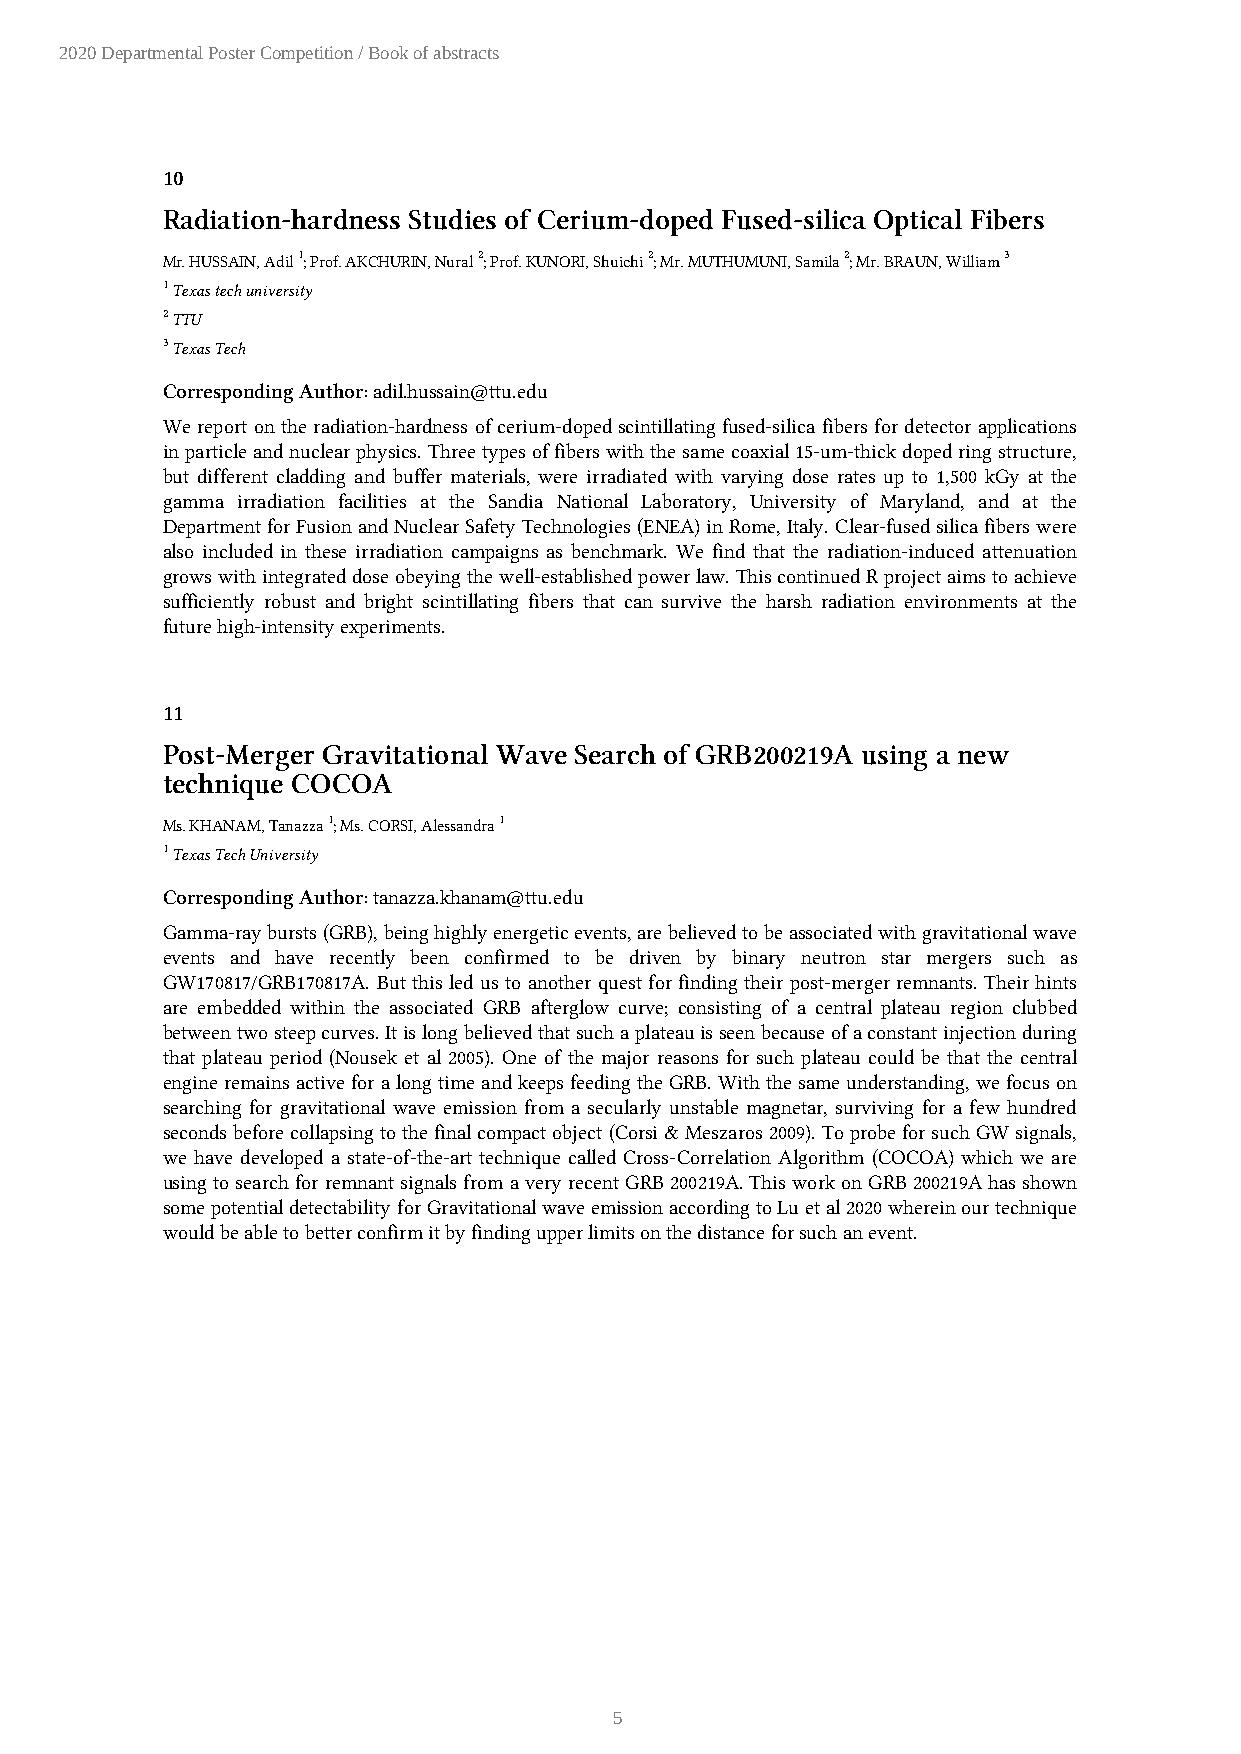
2020 Departmental Poster Competition / Book of abstracts
 10
 Radiation-hardness Studies of Cerium-doped Fused-silica Optical Fibers
 Mr. HUSSAIN, Adil 1; Prof. AKCHURIN, Nural 2; Prof. KUNORI, Shuichi 2; Mr. MUTHUMUNI, Samila 2; Mr. BRAUN, William 3
 1 Texas tech university
 2 TTU
 3 Texas Tech
 Corresponding Author: adil.hussain@ttu.edu
 We report on the radiation-hardness of cerium-doped scintillating fused-silica fibers for detector applications
 in particle and nuclear physics. Three types of fibers with the same coaxial 15-um-thick doped ring structure,
 but different cladding and buffer materials, were irradiated with varying dose rates up to 1,500 kGy at the
 gamma irradiation facilities at the Sandia National Laboratory, University of Maryland, and at the
 Department for Fusion and Nuclear Safety Technologies (ENEA) in Rome, Italy. Clear-fused silica fibers were
 also included in these irradiation campaigns as benchmark. We find that the radiation-induced attenuation
 grows with integrated dose obeying the well-established power law. This continued R project aims to achieve
 sufficiently robust and bright scintillating fibers that can survive the harsh radiation environments at the
 future high-intensity experiments.
 11
 Post-Merger Gravitational Wave Search of GRB200219A using a new
 technique COCOA
 Ms. KHANAM, Tanazza 1; Ms. CORSI, Alessandra 1
 1 Texas Tech University
 Corresponding Author: tanazza.khanam@ttu.edu
 Gamma-ray bursts (GRB), being highly energetic events, are believed to be associated with gravitational wave
 events and have recently been confirmed to be driven by binary neutron star mergers such as
 GW170817/GRB170817A. But this led us to another quest for finding their post-merger remnants. Their hints
 are embedded within the associated GRB afterglow curve; consisting of a central plateau region clubbed
 between two steep curves. It is long believed that such a plateau is seen because of a constant injection during
 that plateau period (Nousek et al 2005). One of the major reasons for such plateau could be that the central
 engine remains active for a long time and keeps feeding the GRB. With the same understanding, we focus on
 searching for gravitational wave emission from a secularly unstable magnetar, surviving for a few hundred
 seconds before collapsing to the final compact object (Corsi & Meszaros 2009). To probe for such GW signals,
 we have developed a state-of-the-art technique called Cross-Correlation Algorithm (COCOA) which we are
 using to search for remnant signals from a very recent GRB 200219A. This work on GRB 200219A has shown
 some potential detectability for Gravitational wave emission according to Lu et al 2020 wherein our technique
 would be able to better confirm it by finding upper limits on the distance for such an event.
 5